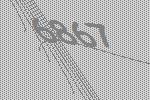
6867